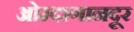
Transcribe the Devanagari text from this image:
ओम्दागानदूर